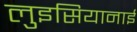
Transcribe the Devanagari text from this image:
लुइसियानाई